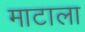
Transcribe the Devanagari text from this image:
माटाला